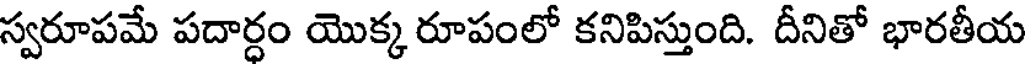
స్వరూపమే పదార్ధం యొక్క రూపంలో కనిపిస్తుంది. దీనితో భారతీయ